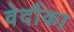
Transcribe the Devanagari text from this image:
वेदौंका